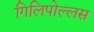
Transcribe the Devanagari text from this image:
गिलिपोल्लस